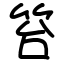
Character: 笞